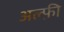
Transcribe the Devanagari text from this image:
अल्फ़ी